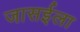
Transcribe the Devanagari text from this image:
जासईला